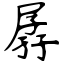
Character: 孱